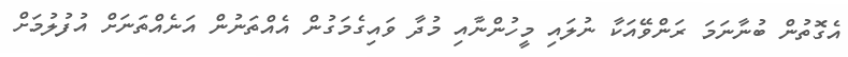
އެގޮތުން ބުނާނަމަ ރަންވޭއަކާ ނުލައި މީހުންނާއި މުދާ ވައިގެމަގުން އެއްތަނުން އަނެއްތަނަށް އުފުލުމަށް